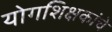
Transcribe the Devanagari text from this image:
योगशिक्षकांचे